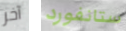
آخر ستانفورد